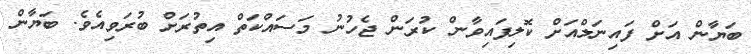
ބަޔާން އަށް ފައިނަލްއަށް ކޮލިފައިވާން ކުރަން ޖެހުނު މަސައްކަތް އިތުރަށް ބުރަވިއެވެ. ބަޔާން